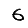
Digit: 6